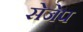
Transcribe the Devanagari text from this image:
सेजेप